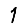
Digit: 1